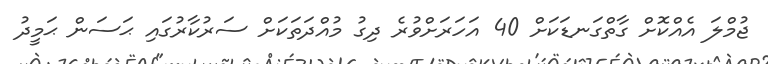
ޖުމްލަ އެއްކޮށް ގާތްގަނޑަކަށް 40 އަހަރަށްވުރެ ދިގު މުއްދަތަކަށް ސަރުކާރުގައި ޙަސަން ޙަމީދު